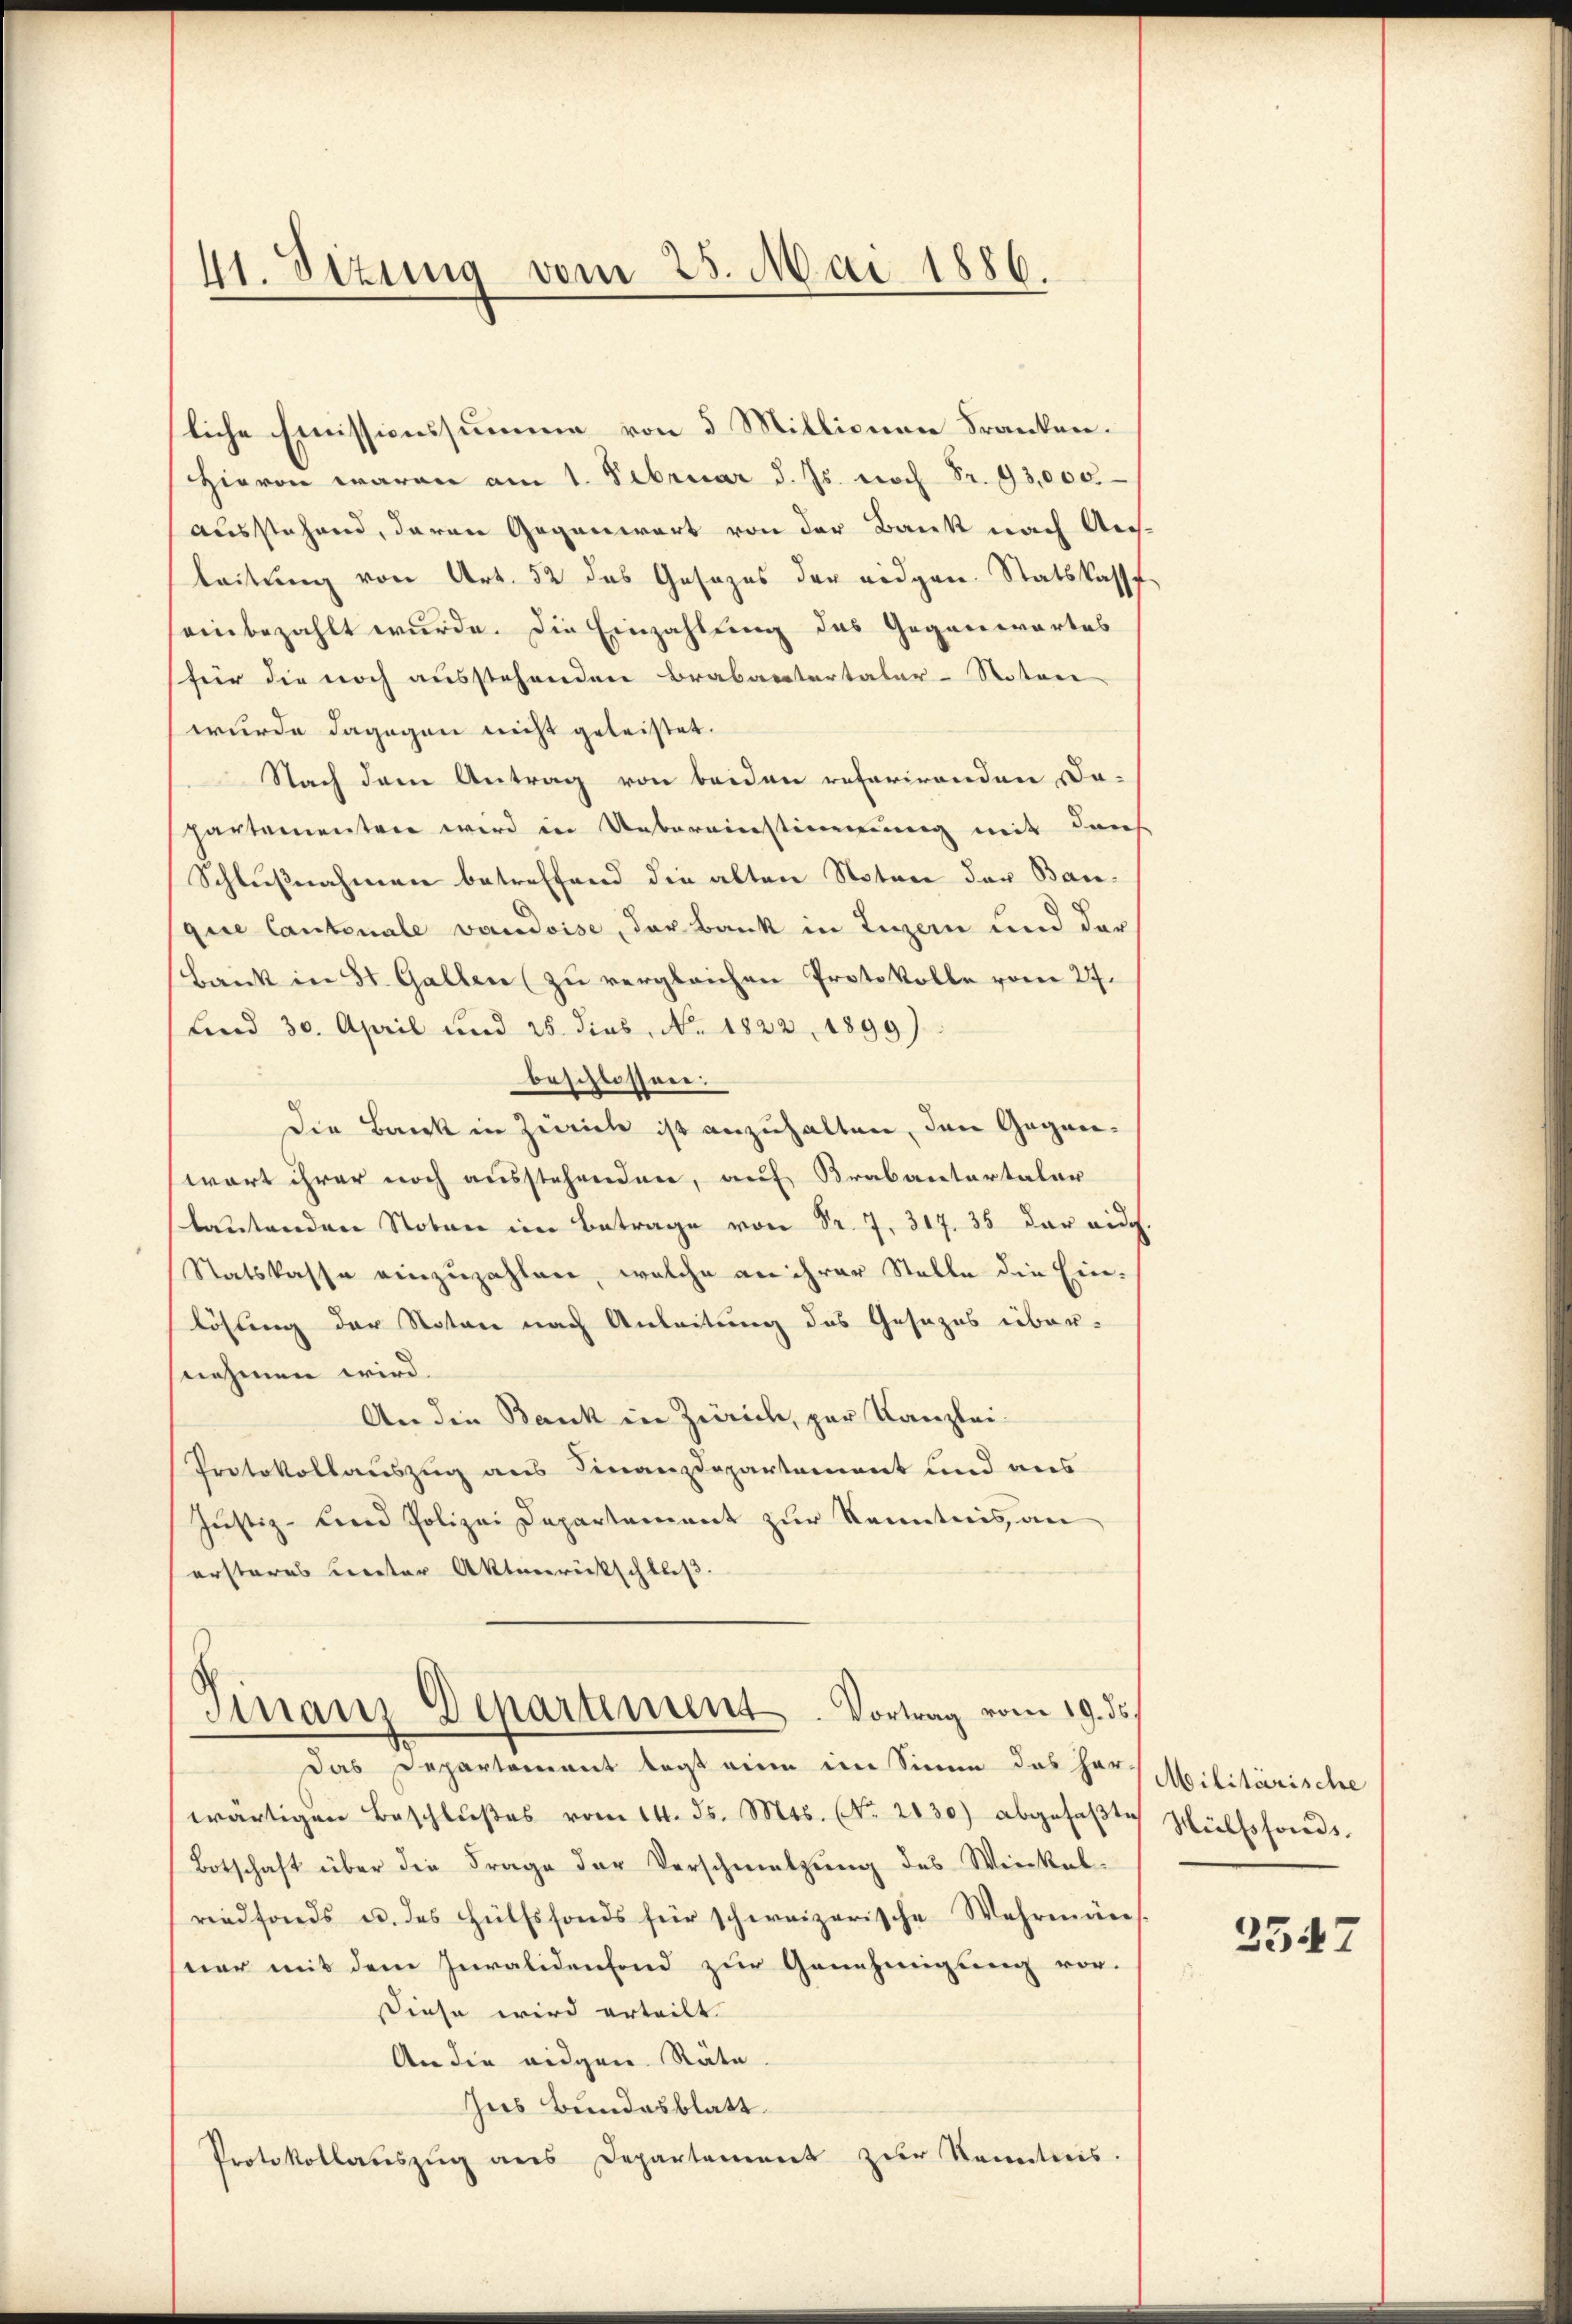
41. Sizung vom 25. Mai 1886.

liche Emissionssumme von 5 Millionen Franken.
Hievon waren am 1. Februar d. Js. noch Fr. 13,000.
ausstehend, daran Gegenwart von der Bank nach Aus-
beitung von Art. 52 des Gesezes der eidgen. Statskasse
sein bezahlt wurde. Die Einzahlung des Gegenwartes
für die noch ausstehenden Brabantertaler-Notori
wurde dagegen nicht geleistet.
Nach dem Antrag von beiden referirenden Dopartementen wird in Uebereinstimmung mit durch
Schlußnahmen betreffend die alten Notare der Bauque Cantonale vaudoise, der Bank in Luzern und der
bank in St. Gallen (zu vergleichen Protokolle vom 27.
Lind 30. April und 25 dies, No. 1822 1899).
beschlossen:
Die Bank in Zeich ist anzuhalten, den Gegenwart ihrer noch ausstehenden, auf Brabantertaler
lautenden Noten im Betrage von Fr. 7. 317. 35 der eid.
Statskasse einzuzahlen, welche an ihrer Stelle die Einlösung der Notare nach Anleitung des Gesezes über-
snehmen wird.
An die Bank in Zürich, par Kanzlei-
Protokollauszug aus Finanzdepartement und aus
Justiz- und Polizei Departement zur Kenntnis an
ersteres Leiter Aktenrückschluß.

Finanz Departiment. Vortrag vom 19. ds.

Das Departement legt eine im Sinne das Hors Militärische
wärtigen Beschlŭβes vom 14. ds. Mts. No. 2130) abgefaβte Hülfsfonds.
Botschaft über die Frage der Verschmutzung des Winkel-
riedfonds u. des Hülfsfonds für schweizerische Wehrmäns.
ner mit dem Invalidenfond zur Genehmigung vor-
siese wird erteilt.
An die eidgen. Räte
Ins Bundesblatt
Protokollatszŭg ans Departement zŭr Kenntnis.

3547